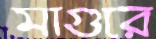
মাগুরে